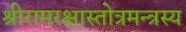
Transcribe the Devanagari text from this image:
श्रीरामरक्षास्तोत्रमन्त्रस्य